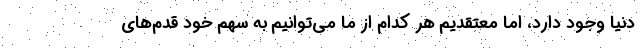
دنیا وجود دارد، اما معتقدیم هر کدام از ما می‌توانیم به سهم خود قدم‌های